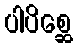
ပါပိစ္ဆေ